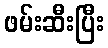
ဖမ်းဆီးပြီး